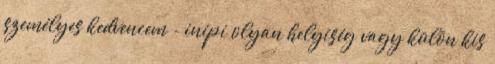
személyes kedvencem - inipi olyan helyiség vagy külön kis